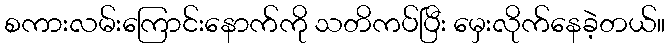
စကားလမ်းကြောင်းနောက်ကို သတိကပ်ပြီး မှေးလိုက်နေခဲ့တယ်။